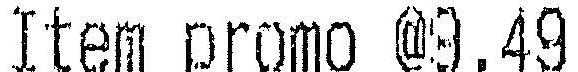
ITEM PROMO @9.49